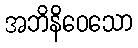
အဘိနိဝေသော